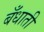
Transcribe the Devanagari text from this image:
बँधाती